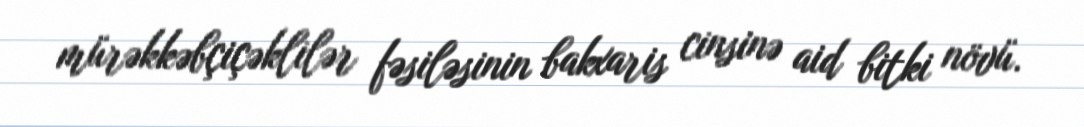
mürəkkəbçiçəklilər fəsiləsinin bakxaris cinsinə aid bitki növü.